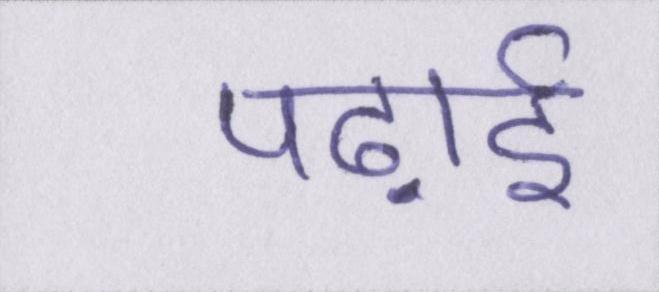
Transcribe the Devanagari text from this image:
पढ़ाई